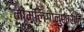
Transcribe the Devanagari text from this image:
नामलिगानुशासन